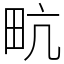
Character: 㽘